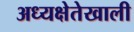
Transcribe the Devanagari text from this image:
अध्यक्षेतेखाली